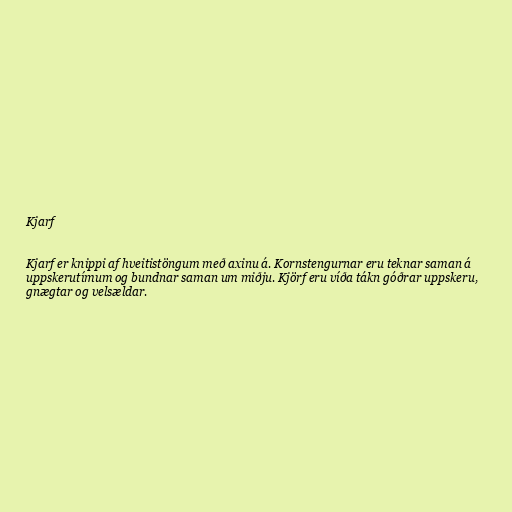
Kjarf

Kjarf er knippi af hveitistöngum með axinu á. Kornstengurnar eru teknar saman á
uppskerutímum og bundnar saman um miðju. Kjörf eru víða tákn góðrar uppskeru,
gnægtar og velsældar.